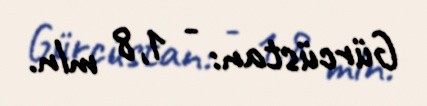
Gürcüstan: - 1,8 mln.